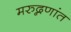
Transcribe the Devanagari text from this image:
मरुद्नणांत